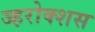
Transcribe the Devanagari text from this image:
ज्हरोक्शस